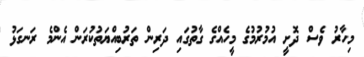
މިހާރު ވެސް ދޮށީ އުމުރުމުގެ މީހެއްގެ ގާތުގައި ދަރިން ތަރުބިއްޔަތުކުރަން އެންމެ ރަނގަޅު